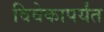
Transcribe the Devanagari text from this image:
विवेकापर्यंत